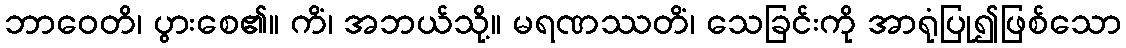
ဘာဝေတိ၊ ပွားစေ၏။ ကိံ၊ အဘယ်သို့။ မရဏဿတိံ၊ သေခြင်းကို အာရုံပြု၍ဖြစ်သော